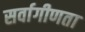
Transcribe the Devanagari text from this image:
सर्वागीणता